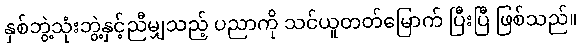
နှစ်ဘွဲ့သုံးဘွဲ့နှင့်ညီမျှသည့် ပညာကို သင်ယူတတ်မြောက် ပြီးပြီ ဖြစ်သည်။